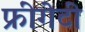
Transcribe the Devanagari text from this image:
फ्रींगेटी